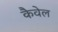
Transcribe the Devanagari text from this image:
कैवेल